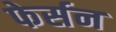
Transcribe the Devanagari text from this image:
फेर्सन